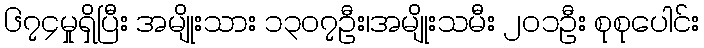
၆၇၄မှုရှိပြီး အမျိုးသား ၁၃၀၇ဦး၊အမျိုးသမီး ၂၀၁ဦး စုစုပေါင်း